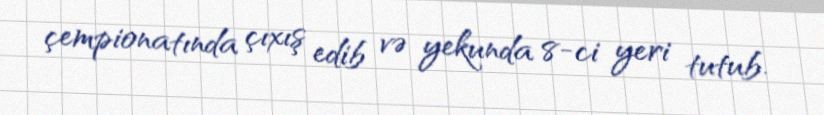
çempionatında çıxış edib və yekunda 8-ci yeri tutub.